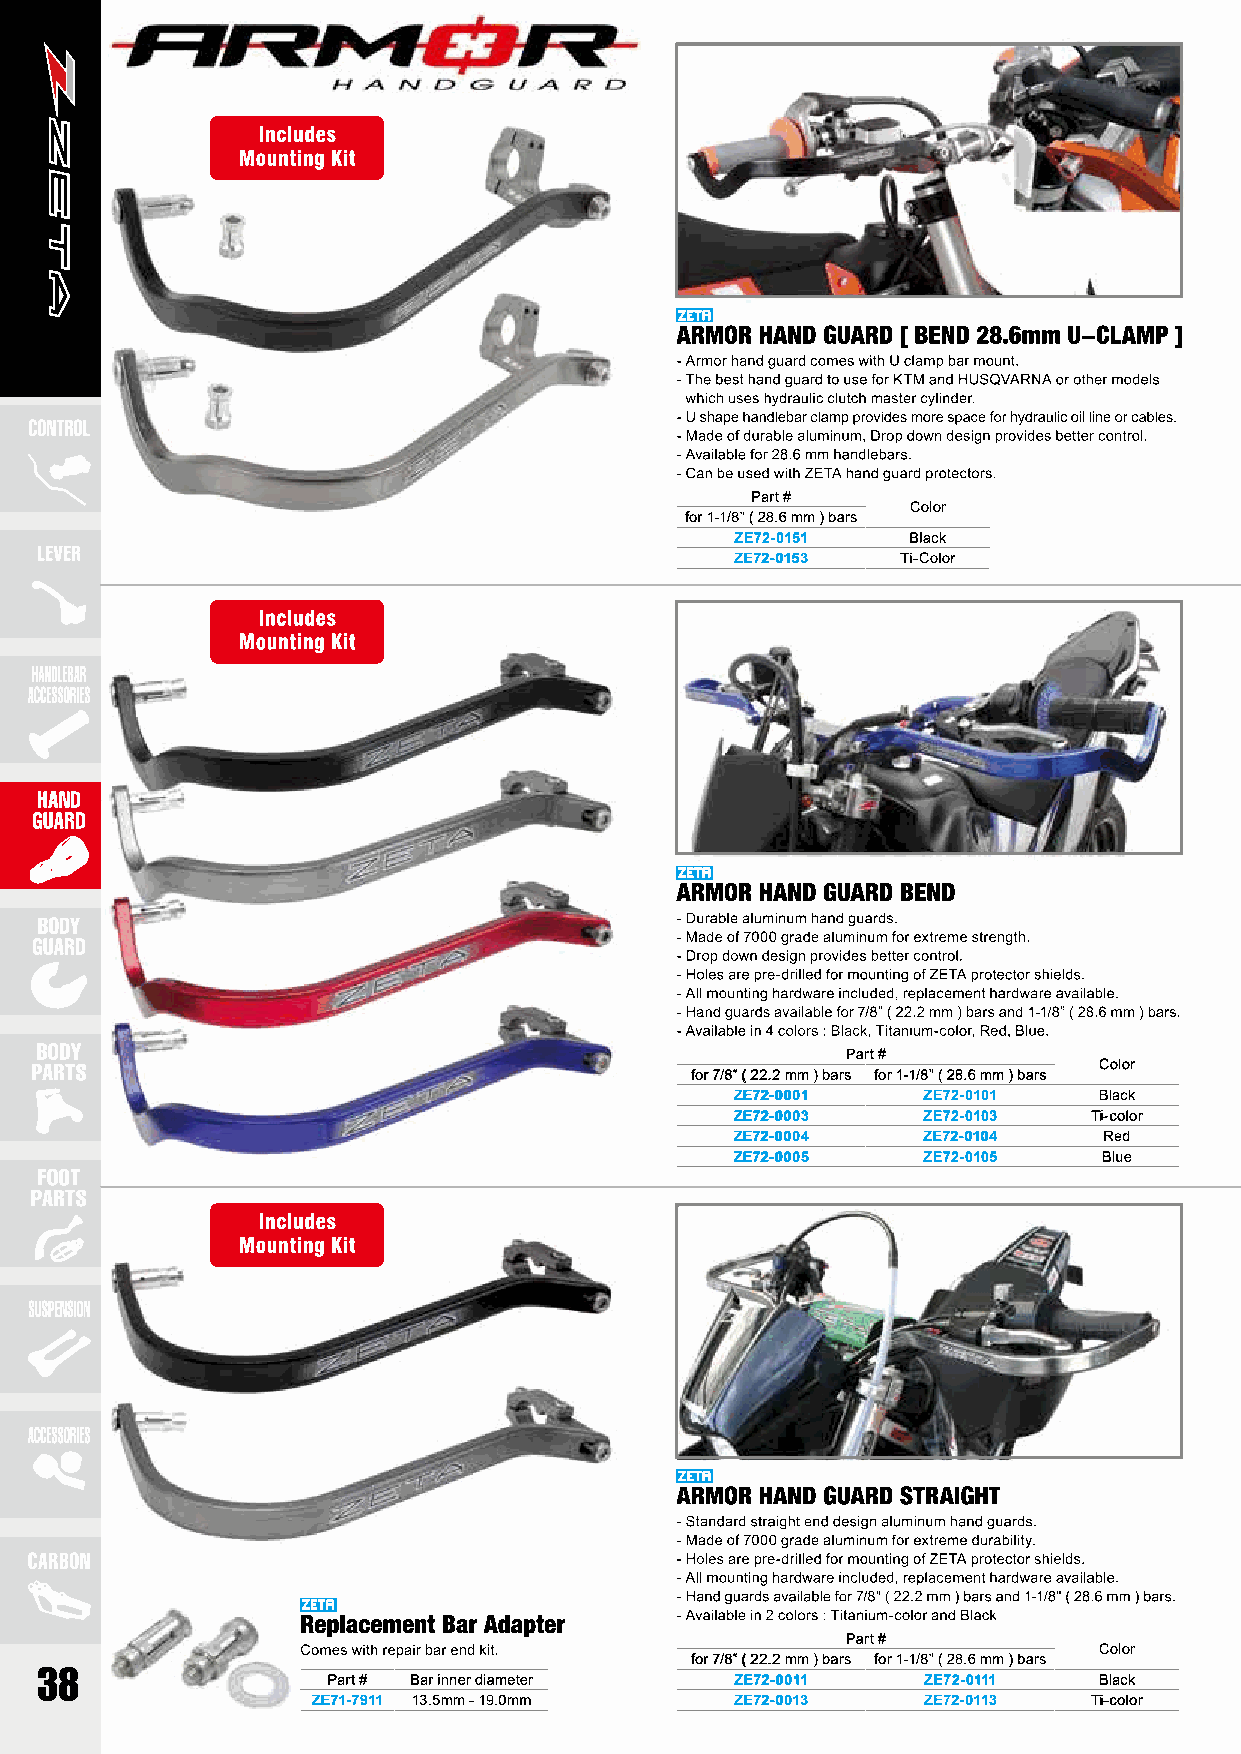
Part #
 Color
 for 1-1/8” ( 28.6 mm ) bars
 ZE72-0151  Black
 ZE72-0153  Ti-Color
 Part #
 Color
 for 7/8” ( 22.2 mm ) bars for 1-1/8” ( 28.6 mm ) bars
 ZE72-0001   ZE72-0101   Black
 ZE72-0003   ZE72-0103  Ti-color
 ZE72-0004   ZE72-0104   Red
 ZE72-0005   ZE72-0105   Blue
 Part #
 Color
 for 7/8” ( 22.2 mm ) bars for 1-1/8” ( 28.6 mm ) bars
 Part # Bar inner diameter  ZE72-0011   ZE72-0111   Black
 ZE71-7911 13.5mm - 19.0mm   ZE72-0013   ZE72-0113  Ti-color